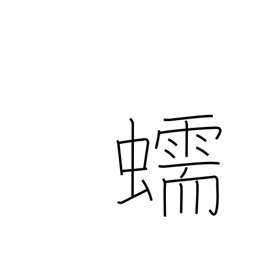
Meaning: crawling of a worm